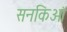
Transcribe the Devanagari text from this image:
सनकिओं